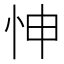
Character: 𢘊